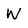
Character: W